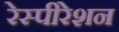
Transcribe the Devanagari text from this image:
रेस्पीरेशन